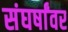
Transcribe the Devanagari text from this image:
संघर्षांवर